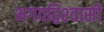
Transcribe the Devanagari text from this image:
भगवद्विश्‍वासी